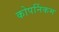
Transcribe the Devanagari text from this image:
कोपर्निकम